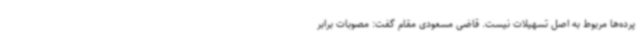
پرده‌ها مربوط به اصل تسهیلات نیست. قاضی مسعودی مقام گفت: مصوبات برابر